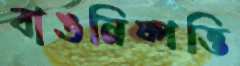
বাঙনিষ্পত্তি